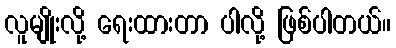
လူမျိုးလို့ ရေးထားတာ ပါလို့ ဖြစ်ပါတယ်။